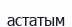
астатым